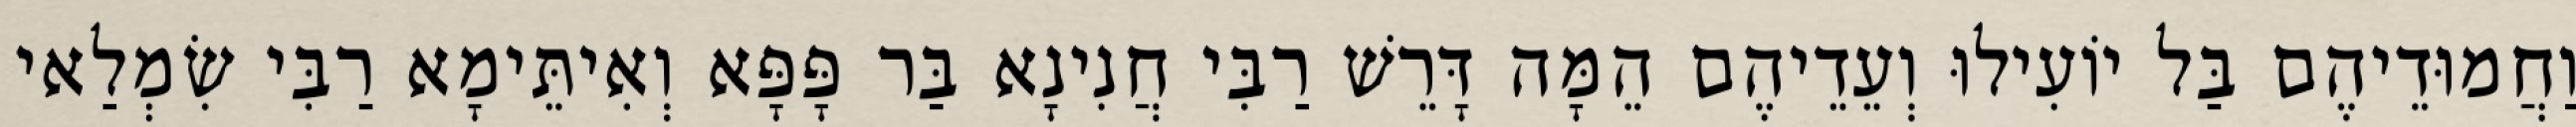
וַחֲמוּדֵיהֶם בַּל יוֹעִילוּ וְעֵדֵיהֶם הֵמָּה דָּרֵשׁ רַבִּי חֲנִינָא בַּר פָּפָּא וְאִיתֵּימָא רַבִּי שִׂמְלַאי